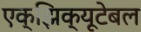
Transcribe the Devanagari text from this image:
एक्झिक्यूटेबल